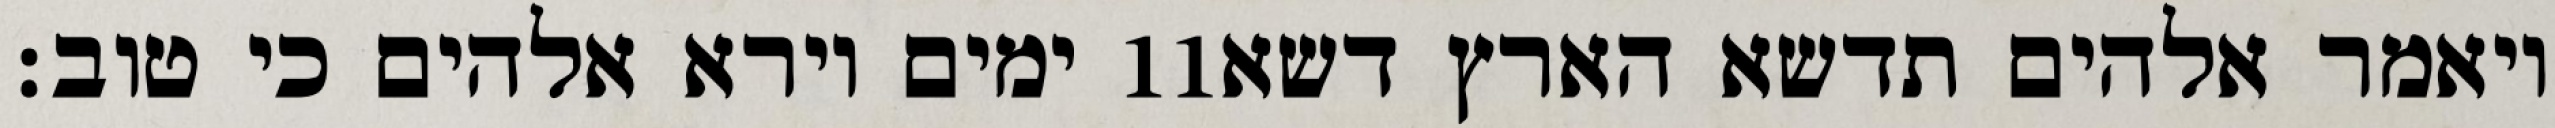
ימים וירא אלהים כי טוב׃ ‎11‏ ויאמר אלהים תדשא הארץ דשא